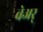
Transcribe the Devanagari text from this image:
वेअर्